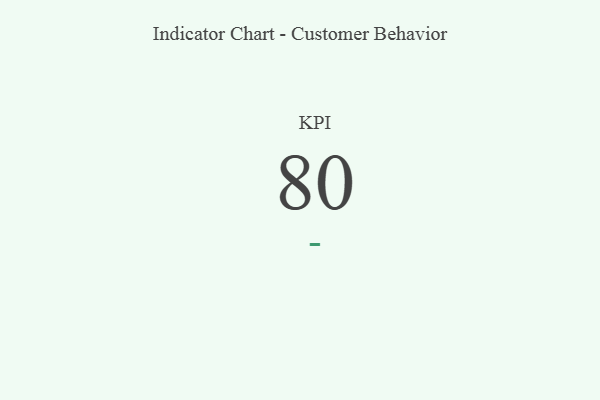
{"axis": {"x": "KPI", "y": "Value"}, "legend": [""], "data": [{"x": "KPI", "y": 80, "type": ""}]}